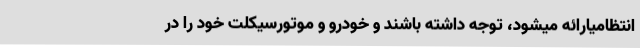
انتظامیارائه میشود، توجه داشته باشند و خودرو و موتورسیکلت خود را در